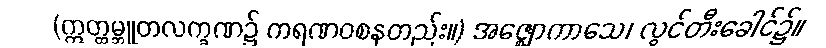
(ဣတ္ထမ္ဘူတလက္ခဏ၌ ကရဏဝစနတည်း။) အဇ္ဈောကာသေ၊ လွင်တီးခေါင်၌။